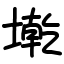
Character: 墘